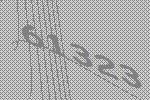
61323